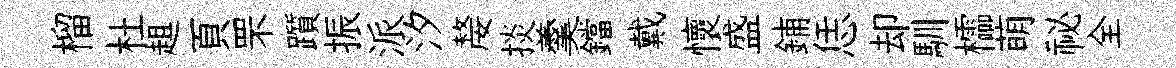
榴杜趄頁罘躓振派汐嫠掞羹鐺戴懷盛鋪恁却馴櫺萌祕全